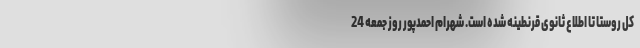
کل روستا تا اطلاع ثانوی قرنطینه شده است. شهرام احمدپور روز جمعه 24